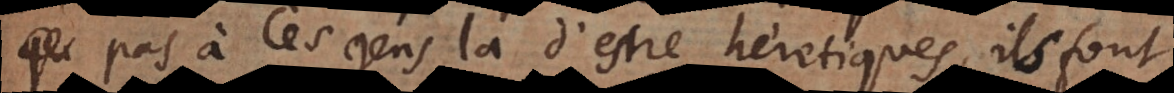
pas à ces gens là d’estre héretiques, ils font